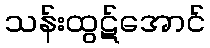
သန်းထွဋ်အောင်